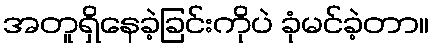
အတူရှိနေခဲ့ခြင်းကိုပဲ ခုံမင်ခဲ့တာ။